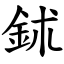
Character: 鉥